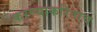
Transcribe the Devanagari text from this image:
करण्याकरिताच